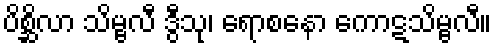
ပိစ္ဆိလာ သိမ္ဗလီ ဒွီသု၊ ရောစနော ကောဋသိမ္ဗလီ။